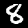
Label: 8